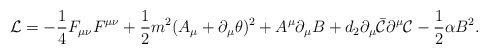
\begin{align*}{\cal L}=- \frac{1}{4} F_{\mu\nu} F^{\mu\nu} + \frac{1}{2} m^2 (A_\mu + \partial_\mu \theta)^{2}+A^{\mu}\partial_\mu B+d_{2}\partial_{\mu}\bar{\cal C}\partial^{\mu}{\cal C}-\frac{1}{2}\alpha B^{2}. \end{align*}